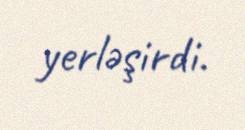
yerləşirdi.